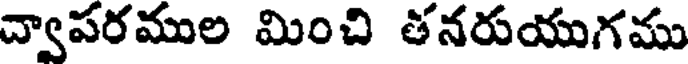
ద్వాపరముల మించి తనరుయుగము